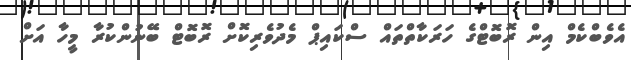
އެވެބްކެމް އިން ރޮބޮޓްގެ ހަރަކާތްތައް ސްކައިޕް މެދުވެރިކޮށް ރޮބޮޓް ބޭނުންކުރާ މީހާ އަށް